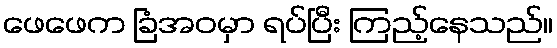
ဖေဖေက ခြံအဝမှာ ရပ်ပြီး ကြည့်နေသည်။